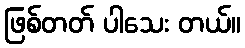
ဖြစ်တတ် ပါသေး တယ်။